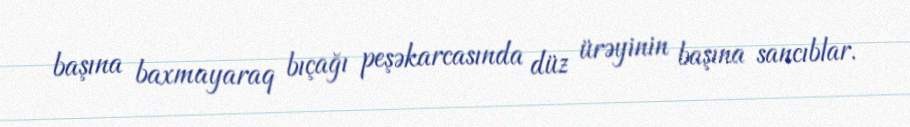
başına baxmayaraq bıçağı peşəkarcasında düz ürəyinin başına sancıblar.